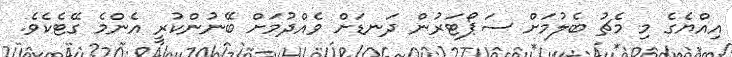
އިއްޔެގެ މި މެޗު ބެލުމަށް ސަޕޯޓަރުން ދަނޑަށް ވެއްދުމަށް ބޭނުންކުރީ އެންމެ ގޭޓެކެވެ.